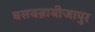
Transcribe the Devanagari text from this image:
बसवन्नाबीजापुर